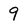
Character: 9